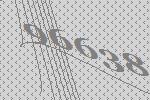
96638